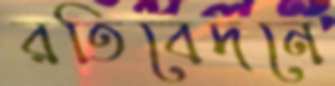
রতিবেদনে